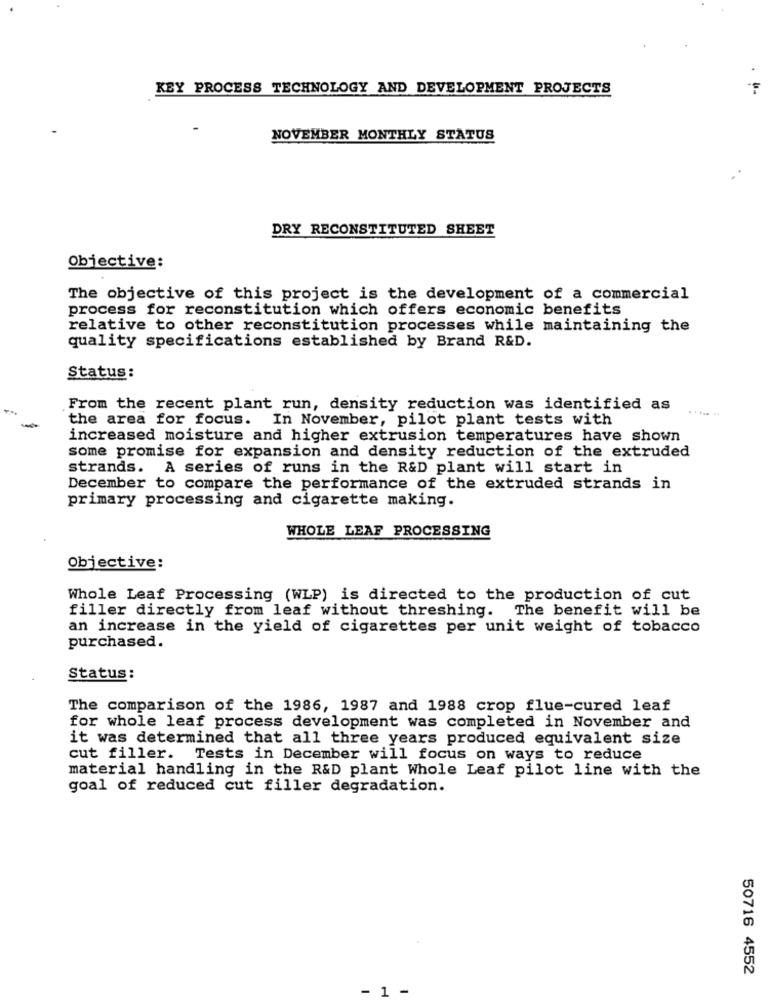
KEY PROCESS TECHNOLOGY AND DEVELOPMENT PROJECTS
NOVEMBER MONTHLY STATUS
DRY RECONSTITUTED SHEET
Objective:
The objective of this project is the development of a commercial
process for reconstitution which offers economic benefits
relative to other reconstitution processes while maintaining the
quality specifications established by Brand R&D.
Status:
From the recent plant run, density reduction was identified as
the area for focus. In November, pilot plant tests with
-
increased moisture and higher extrusion temperatures have shown
some promise for expansion and density reduction of the extruded
strands. A series of runs in the R&D plant will start in
December to compare the performance of the extruded strands in
primary processing and cigarette making.
WHOLE LEAF PROCESSING
Objective:
Whole Leaf Processing (WLP) is directed to the production of cut
filler directly from leaf without threshing. The benefit will be
an increase in the yield of cigarettes per unit weight of tobacco
purchased.
Status:
The comparison of the 1986, 1987 and 1988 crop flue-cured leaf
for whole leaf process development was completed in November and
it was determined that all three years produced equivalent size
cut filler. Tests in December will focus on ways to reduce
material handling in the R&D plant Whole Leaf pilot line with the
goal of reduced cut filler degradation.
50716 4552
- 1 -